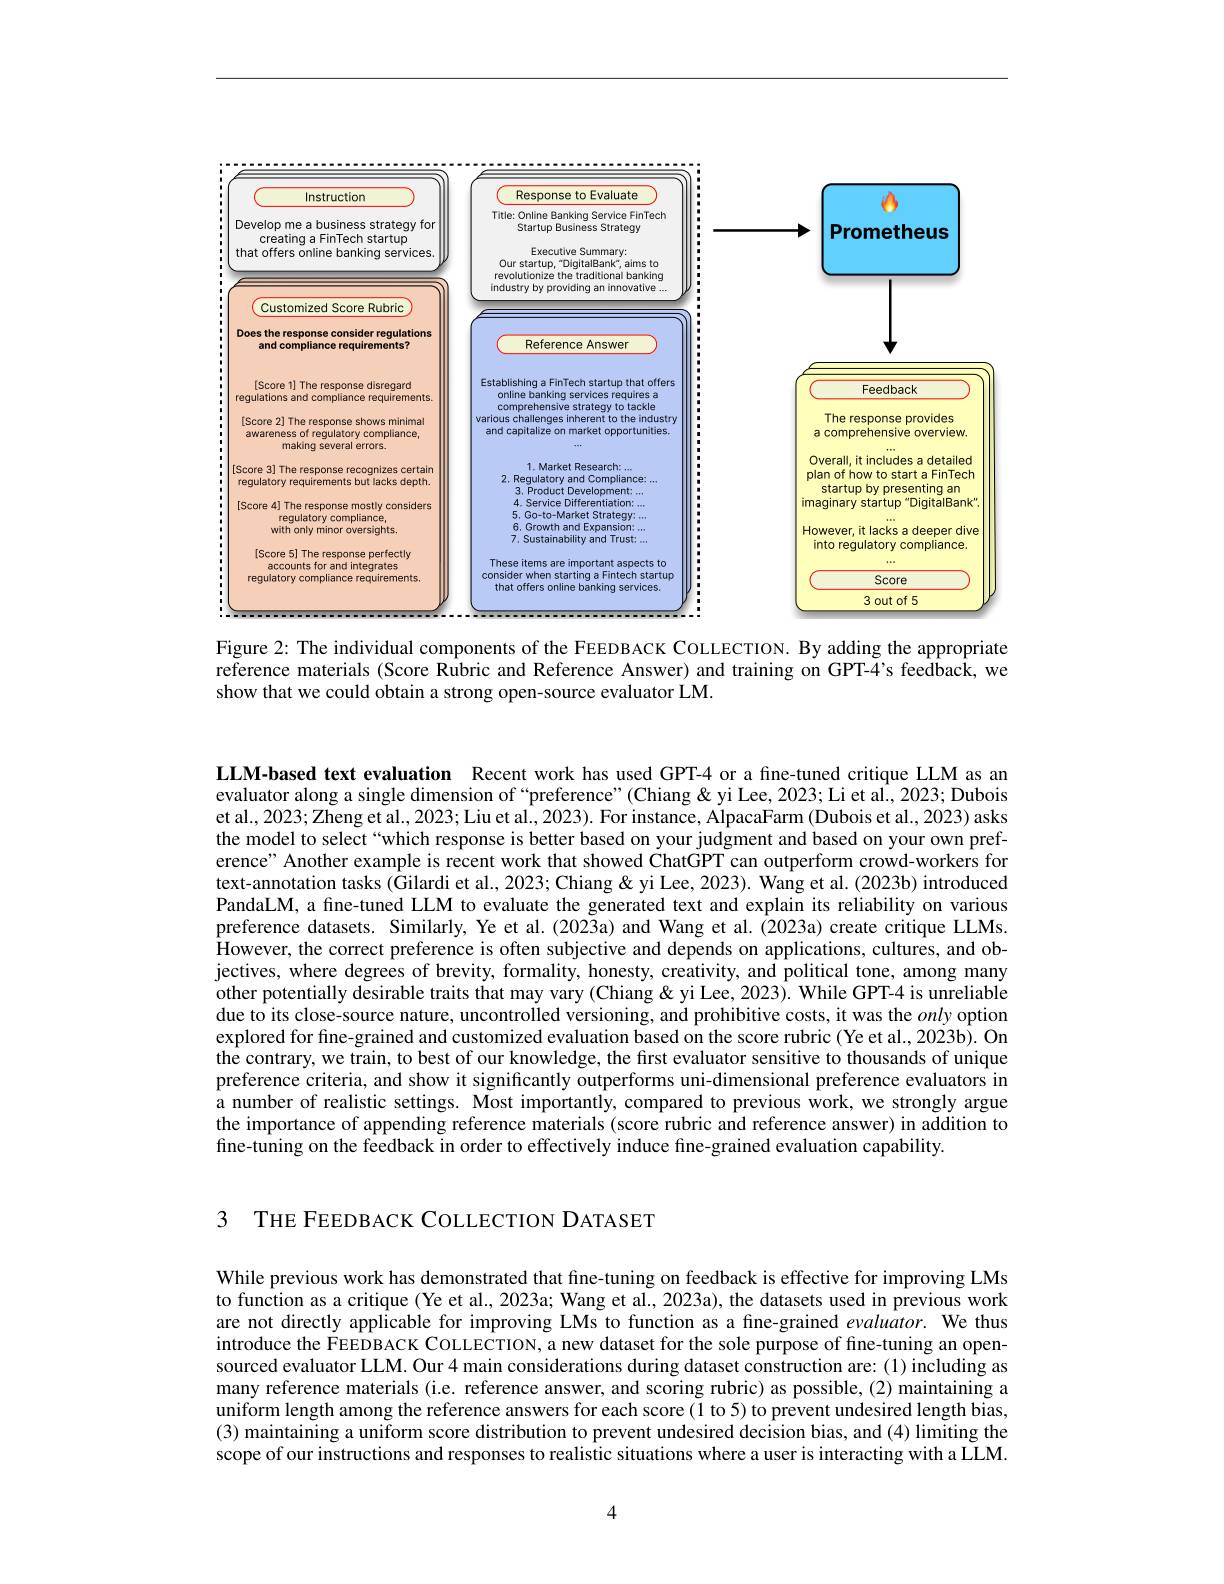
<FigureHere>

Figure 2: The individual components of the FEEDBACK COLLECTION. By adding the appropriate reference materials (Score Rubric and Reference Answer) and training on GPT-4's feedback, we show that we could obtain a strong open-source evaluator LM.

LLM-based text evaluation Recent work has used GPT-4 or a fıne-tuned critique LLM as an evaluator along a single dimension of “preference”(Chiang&yi Lee, 2023; Li et al., 2023; Dubois et al., 2023; Zheng et al., 2023; Liu et al., 2023). For instance, AlpacaFarm (Dubois et al., 2023) asks the model to select“which response is better based on your judgment and based on your own preference" Another example is recent work that showed ChatGPT can outperform crowd-workers for text-annotation tasks (Gilardi et al., 2023; Chiang & yi Lee, 2023). Wang et al. (2023b) introduced PandaLM, a fine-tuned LLM to evaluate the generated text and explain its reliability on various preference datasets. Similarly, Ye et al. (2023a) and Wang et al. (2023a) create critique LLMs However, the correct preference is often subjective and depends on applications, cultures, and objectives, where degrees of brevity, formality, honesty, creativity, and political tone, among many other potentially desirable traits that may vary (Chiang &yi Lee, 2023). While GPT-4 is unreliable due to its close-source nature, uncontrolled versioning, and prohibitive costs, it was the only option explored for fine-grained and customized evaluation based on the score rubric (Ye et al., 2023b). On $\hat{\text{the contrary, we train, to best of our knowledge, the first evaluator sensitive to thousands of unique}}$ preference criteria, and show it significantly outperforms uni-dimensional preference evaluators in a number of realistic settings. Most importantly, compared to previous work, we strongly argue the importance of appending reference materials (score rubric and reference answer) in addition to fine-tuning on the feedback in order to effectively induce fine-grained evaluation capability.

3 THE FEEDBACK COLLECTION DATASET

While previous work has demonstrated that fine-tuning on feedback is effective for improving LMs to function as a critique (Ye et al., 2023a; Wang et al., 2023a), the datasets used in previous work are not directly applicable for improving LMs to function as a fine-grained evaluator. We thus introduce the FEEDBACK COLLECTION, a new dataset for the sole purpose of fine-tuning an opensourced evaluator LLM. Our 4 main considerations during dataset construction are: (1) including as many reference materials (i.e. reference answer, and scoring rubric) as possible, (2) maintaining a uniform length among the reference answers for each score (1 to 5) to prevent undesired length bias, (3) maintaining a uniform score distribution to prevent undesired decision bias, and (4) limiting the scope of our instructions and responses to realistic situations where a user is interacting with a LLM.

4